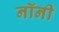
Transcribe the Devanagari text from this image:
नॉनी